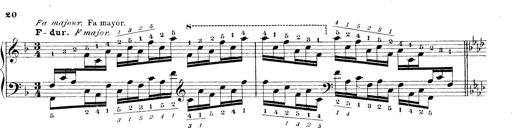
Title: Technische Studien
Composer: Franz Liszt